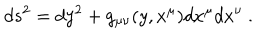
LaTeX: d s ^ { 2 } = d y ^ { 2 } + g _ { \mu \nu } ( y , x ^ { \mu } ) d x ^ { \mu } d x ^ { \nu } \ .